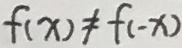
f ( x ) \neq f ( - x )